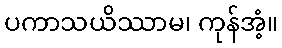
ပကာသယိဿာမ၊ ကုန်အံ့။